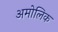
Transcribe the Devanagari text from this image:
अमोलिक